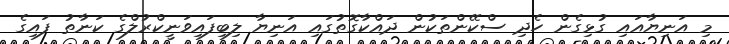
މި އަނިޔާއައި ގުޅިގެން ހެދި ސްކޭންތަކުން ދައްކާގޮތުގައި އަނިޔާ ލިބިފައިވަނީކްރުލްގެ ކަނާތު ފައިގެ